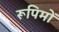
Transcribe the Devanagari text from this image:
रूपिमों